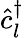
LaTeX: \hat{c}_{l}^{\dagger}